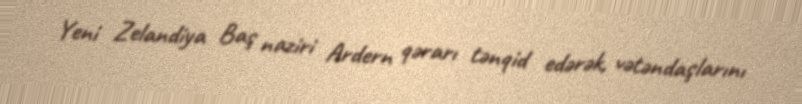
Yeni Zelandiya Baş naziri Ardern qərarı tənqid edərək, vətəndaşlarını